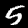
Digit: 5